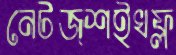
নেটজ্শইখফ্ল